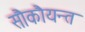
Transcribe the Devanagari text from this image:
सौकौयन्त